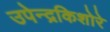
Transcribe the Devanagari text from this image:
उपेन्द्रकिशोरे